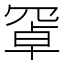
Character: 𦋐